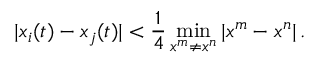
| x _ { i } ( t ) - x _ { j } ( t ) | < \frac { 1 } { 4 } \operatorname* { m i n } _ { x ^ { m } \neq x ^ { n } } | x ^ { m } - x ^ { n } | \, .